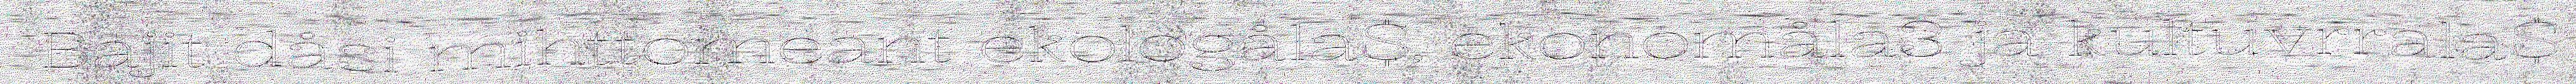
Bajit dåsi mihttomeant ekologåla$, ekonomåla3 ja kultuvrrala$